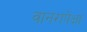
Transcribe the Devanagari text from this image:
वानरांपेक्षा